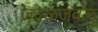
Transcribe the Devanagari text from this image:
जवळजवल